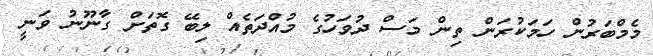
މެމްބަރުން ހަމަކުރަން ތިން މަސް ދުވަހުގެ މުއްދަތެއް ލިބޭ ގޮތަށް ގާނޫނު ވަނީ